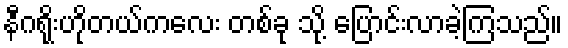
နီဂရိုးဟိုတယ်ကလေး တစ်ခု သို့ ပြောင်းလာခဲ့ကြသည်။